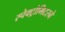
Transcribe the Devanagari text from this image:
स्पेक्ट्रोमिटरने